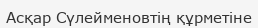
Асқар Сүлейменовтің құрметіне